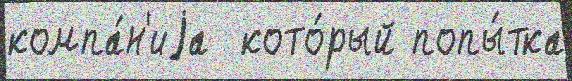
компа́н'иjа  кото́рый попы́тка